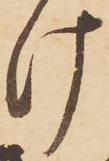
け